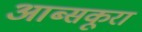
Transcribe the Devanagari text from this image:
आब्सकूरा